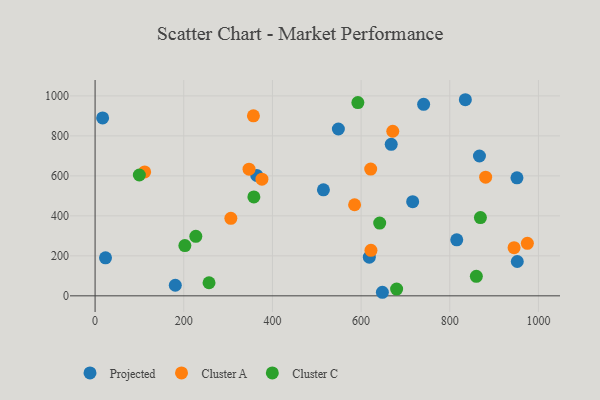
{"axis": {"x": "Investment", "y": "Fuel Efficiency"}, "legend": ["Cluster A", "Cluster C", "Projected"], "data": [{"x": "866.9", "y": 699.5, "type": "Projected"}, {"x": "951.5", "y": 590.1, "type": "Projected"}, {"x": "815.7", "y": 280.2, "type": "Projected"}, {"x": "741.0", "y": 958.1, "type": "Projected"}, {"x": "716.3", "y": 471.2, "type": "Projected"}, {"x": "648.0", "y": 17.8, "type": "Projected"}, {"x": "618.5", "y": 193.3, "type": "Projected"}, {"x": "835.1", "y": 980.9, "type": "Projected"}, {"x": "667.9", "y": 758.0, "type": "Projected"}, {"x": "364.6", "y": 602.3, "type": "Projected"}, {"x": "17.0", "y": 889.7, "type": "Projected"}, {"x": "952.2", "y": 171.7, "type": "Projected"}, {"x": "180.9", "y": 52.9, "type": "Projected"}, {"x": "515.0", "y": 530.1, "type": "Projected"}, {"x": "23.5", "y": 189.9, "type": "Projected"}, {"x": "548.7", "y": 834.5, "type": "Projected"}, {"x": "945.0", "y": 240.7, "type": "Cluster A"}, {"x": "347.2", "y": 633.5, "type": "Cluster A"}, {"x": "306.2", "y": 387.9, "type": "Cluster A"}, {"x": "357.1", "y": 900.6, "type": "Cluster A"}, {"x": "671.4", "y": 823.2, "type": "Cluster A"}, {"x": "880.9", "y": 593.5, "type": "Cluster A"}, {"x": "111.8", "y": 619.6, "type": "Cluster A"}, {"x": "621.6", "y": 633.9, "type": "Cluster A"}, {"x": "975.0", "y": 262.5, "type": "Cluster A"}, {"x": "622.2", "y": 227.6, "type": "Cluster A"}, {"x": "376.3", "y": 583.4, "type": "Cluster A"}, {"x": "585.3", "y": 455.6, "type": "Cluster A"}, {"x": "227.2", "y": 297.6, "type": "Cluster C"}, {"x": "99.8", "y": 604.4, "type": "Cluster C"}, {"x": "680.1", "y": 33.8, "type": "Cluster C"}, {"x": "202.5", "y": 251.4, "type": "Cluster C"}, {"x": "592.7", "y": 966.4, "type": "Cluster C"}, {"x": "869.1", "y": 391.2, "type": "Cluster C"}, {"x": "358.1", "y": 494.5, "type": "Cluster C"}, {"x": "257.0", "y": 65.4, "type": "Cluster C"}, {"x": "859.9", "y": 97.6, "type": "Cluster C"}, {"x": "641.9", "y": 364.1, "type": "Cluster C"}]}